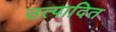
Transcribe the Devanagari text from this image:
उत्पादित